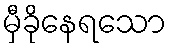
မှီခိုနေရသော